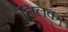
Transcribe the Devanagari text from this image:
निलक